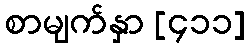
စာမျက်နှာ [၄၁၁]